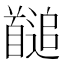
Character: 𩠱